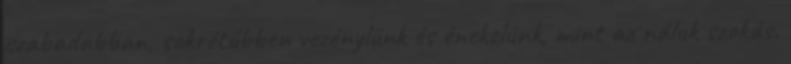
szabadabban, sokrétűbben vezénylünk és énekelünk, mint az náluk szokás.